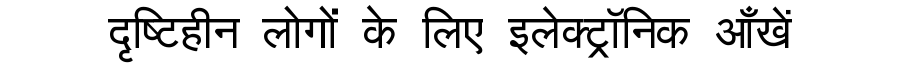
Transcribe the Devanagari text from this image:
दृष्टिहीन लोगों के लिए इलेक्ट्रॉनिक आँखें